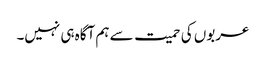
عربوں کی حمیت سے ہم آگاہ ہی نہیں۔